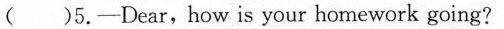
( )5.——Dear,how is your homework going?